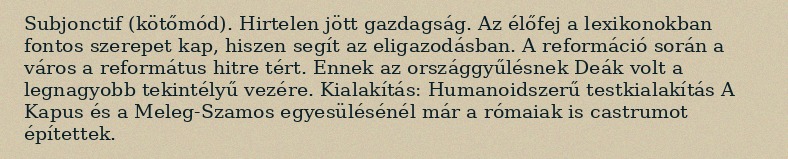
Subjonctif (kötőmód). Hirtelen jött gazdagság. Az élőfej a lexikonokban fontos szerepet kap, hiszen segít az eligazodásban. A reformáció során a város a református hitre tért. Ennek az országgyűlésnek Deák volt a legnagyobb tekintélyű vezére. Kialakítás: Humanoidszerű testkialakítás A Kapus és a Meleg-Szamos egyesülésénél már a rómaiak is castrumot építettek.